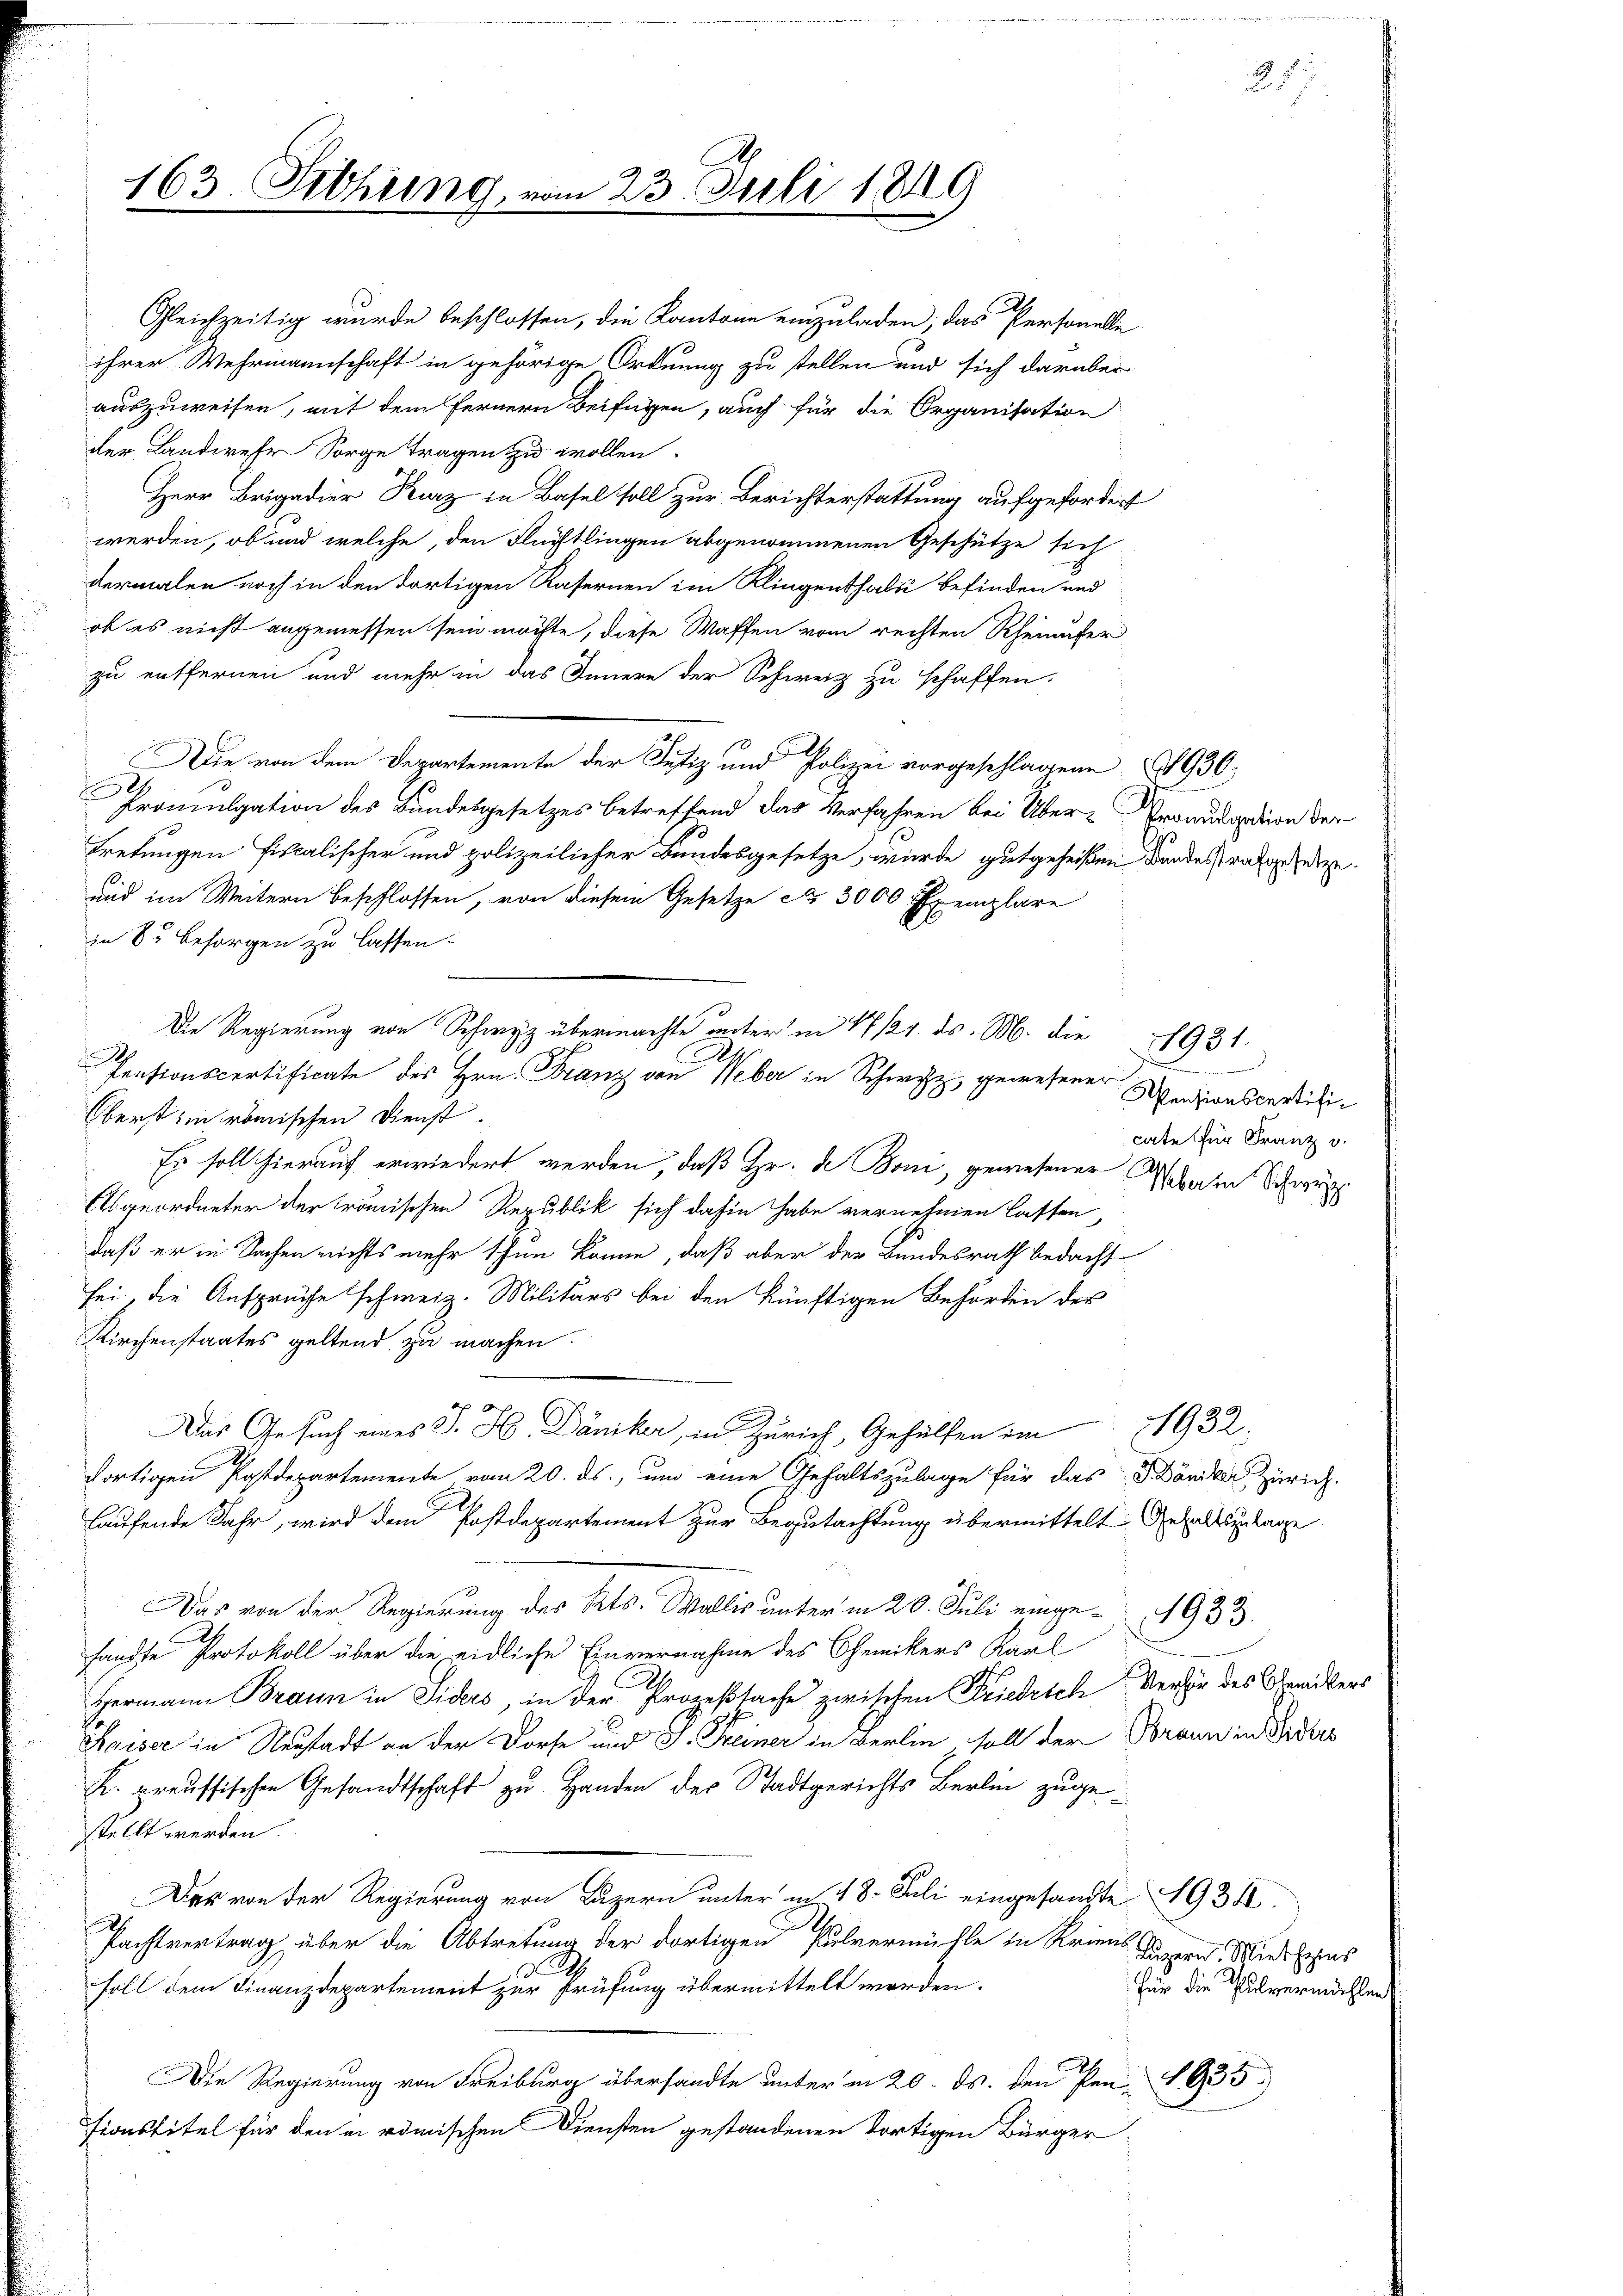
163. Febhung vom 23. Juli 1849

auszuweisen, mit dem fernern Beifügen, auch für die Organisation
der Landwese Sorge tragen zu wollen.
Herr Brigadier Kurz in Basel soll zur Berichterstattung aufgefordert
werden, ob und welche, den Flüchtlingen abgenommenen Geschütze sich
dermalen noch in den dortigen Kasernen im Klingenthale befinden und
ob es nicht angemessen sein möchte, diese Waffen vom rechten Rheinufer
zu entfernen und mehr in das Innern der Schweiz zu schaffen.
Die von dem Departemente der Justiz und Polizei vorgeschlagene 1930.
Promulgation des Bundesgesetzes betreffend das Verfahren bei Über-Pronudation der
tretungen fiscalischer und polizeilicher Bundesgesetze, wurde gutgeheißen Bundesrathen.
und im Weitern beschlossen, von diesem Gesetze Nr. 3000 Exemplare
in 8 besorgen zu lassen.
berst in römischen Dienst.
Es soll hierauf erwiedert werden, daß Hr. de Boni, gewesener Wehram Schwe
Abgeordneter der trömischen Republik sich dahin habe vernehmen lassen,
daß er in Sachen nichts mehr thun könne, daß aber der Bundesrath bedacht
sei, die Ansprüche schweiz. Militärs bei den künftigen Behörden des
Kirchenstaates geltend zu machen.
Das Gesuch eines J. H. Däniker, in Zürich, Gehülfen im 1932.
dortigen Postdepartemente vom 20. ds., und eine Gehaltszulage für das D Däniker Zürich.
laufende Jahr, wird dem Postdepartement zur Begutachtung übermittelt Gehaltenlage
Das von der Regierung des Kts. Wallis unterm 20. Juli einge-1933.
fandte Protokoll über die eidliche Einvernahme des Chemikers Kaul
Hermann Braun in Siders, in der Prozeßsache zwischen Friedrich Versie des Gemikers
Kaiser in Neustadt an der Dorfe und J. Freiner in Berlin soll der Braun in Probes
K. preussischen Gesandtschaft zu Handen des Stadtgerichts Berlin zugestellt werden.
Das von der Regierung von Luzern unter in 18. Juli eingesandte 1934.
Pachtvertrag über die Abtretung der dortigen Pulvermühle in Kriens Tagen, Wissens
soll dem Finanzdepartement zur Prüfung übermittelt worden.
Die Regierung von Freiburg übersandte unter in 20. ds. den Pen-1935
sionstitel für den in römischen Diensten gestandenen dortigen Bürger

Gleichzeitig wurde beschlossen, die Kantone einzuladen; das Personelle
ihrer Wehrmannschaft in gehörige Ordnung zu stellen und sich darüber

Die Regierung von Schwyz übermachte unter in 17 121. ds. M. die 1931.
Pensionscertificate des Hrn. Franz von Weber in Schwyz, gewesener Menzinseiti¬

cate für Franz v.

Für die Pulvermahlen